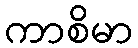
ကာစိမာ